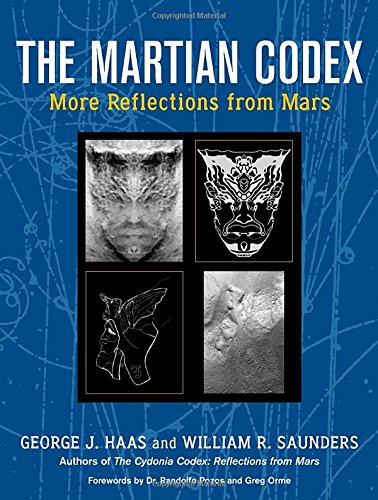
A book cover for The Martian Codex: More Reflections from Mars; George J. Haas; Science & Math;